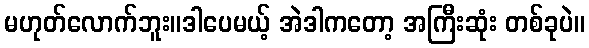
မဟုတ်လောက်ဘူး။ဒါပေမယ့် အဲဒါကတော့ အကြီးဆုံး တစ်ခုပဲ။